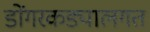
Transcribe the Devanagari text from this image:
डोंगरकड्यालगत